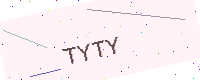
Text: TYTY